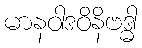
မာနဝါဒဝိနိဗဒ္ဓါ